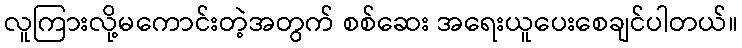
လူကြားလို့မကောင်းတဲ့အတွက် စစ်ဆေး အရေးယူပေးစေချင်ပါတယ်။